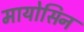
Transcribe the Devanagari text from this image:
मायोसिन